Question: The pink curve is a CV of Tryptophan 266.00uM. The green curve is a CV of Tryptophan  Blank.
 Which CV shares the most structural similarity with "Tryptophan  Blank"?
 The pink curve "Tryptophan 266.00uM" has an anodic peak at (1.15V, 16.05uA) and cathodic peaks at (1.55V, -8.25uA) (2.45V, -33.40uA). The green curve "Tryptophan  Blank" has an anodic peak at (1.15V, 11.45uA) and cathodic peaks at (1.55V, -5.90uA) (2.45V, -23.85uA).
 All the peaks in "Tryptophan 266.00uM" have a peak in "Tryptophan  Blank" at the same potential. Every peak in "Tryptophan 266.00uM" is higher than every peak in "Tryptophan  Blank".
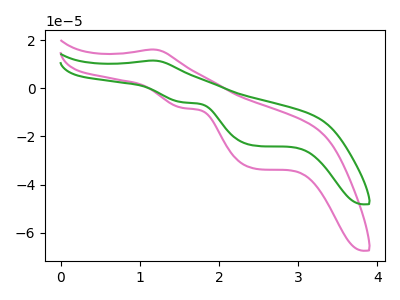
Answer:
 <answer>The CV with the most similar shape to "Tryptophan 266.00uM" is "Tryptophan  Blank".</answer>
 <eval>"Tryptophan  Blank"</eval>